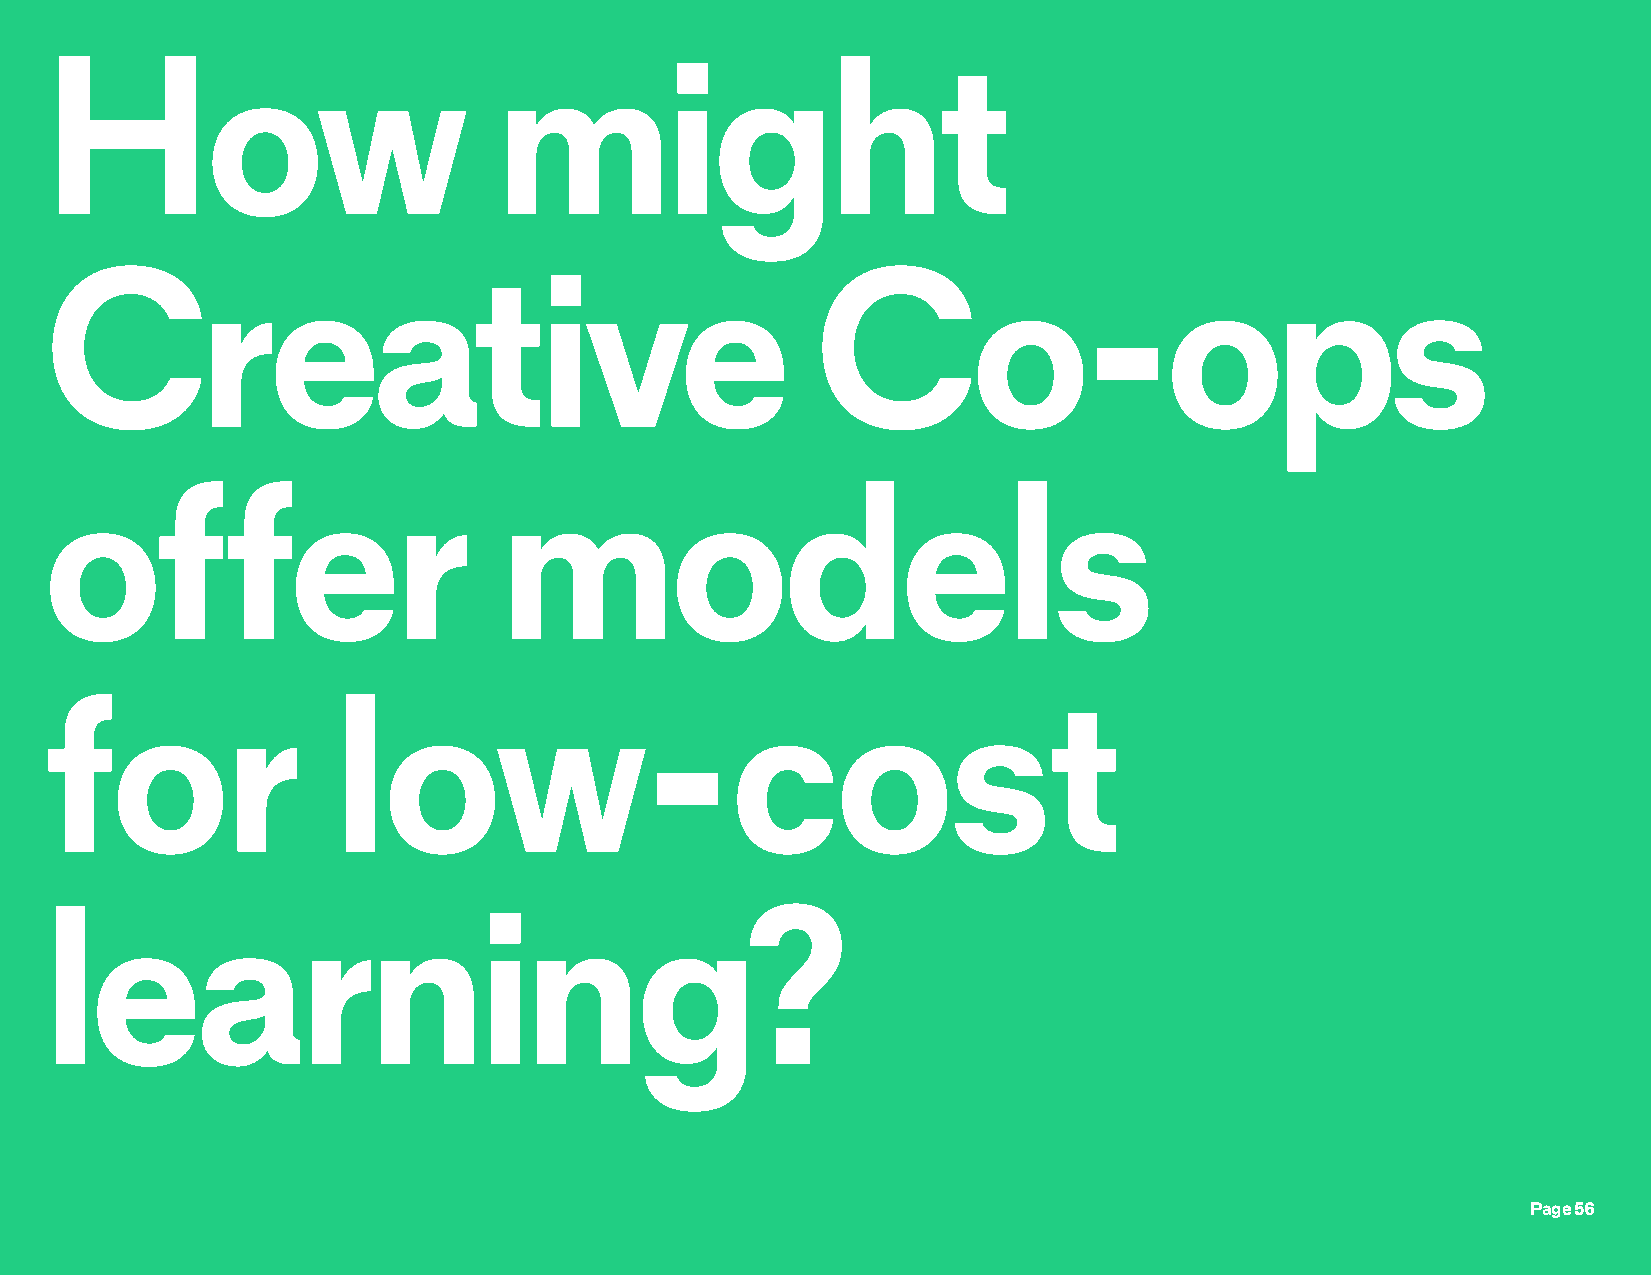
How                           might
 Creative                                           Co-ops
 offer                         models
 for                low-cost
 learning?
 Page 56